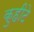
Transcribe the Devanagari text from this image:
कुहीटे